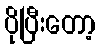
ပိုပြီးတော့